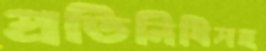
প্রতিনিধিসহ